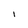
Character: l